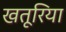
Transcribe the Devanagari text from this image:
खतूरिया